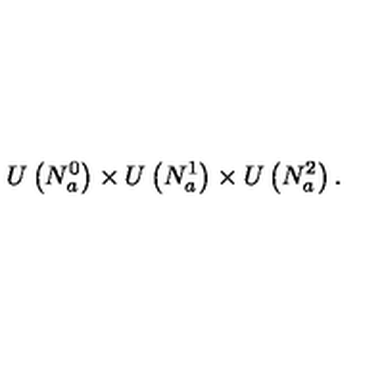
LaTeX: U \left( N _ { a } ^ { 0 } \right) \times U \left( N _ { a } ^ { 1 } \right) \times U \left( N _ { a } ^ { 2 } \right) .